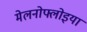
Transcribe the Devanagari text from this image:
मेलनोफ्लोइया